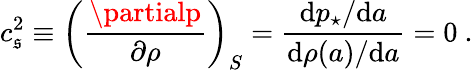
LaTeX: c_{\mathfrak{s}}^{2}\equiv\left(\frac{{\partialp}}{{\partial\rho}}\right)_{S}={\frac{{\mathrm{{d}}p_{\star}/\mathrm{{d}}a}}{{\mathrm{{d}}\rho(a)/\mathrm{{d}}a}}}=0\ .